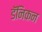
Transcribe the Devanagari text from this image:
डॅनिकन